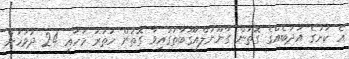
އެ ކުށުގެ އަދަބެއްގެ ގޮތުން ގާނޫނުލްއުގޫބާތުގައިވާ ގޮތުން ހަތަރު މަހާއި 24 ދުވަހަށް